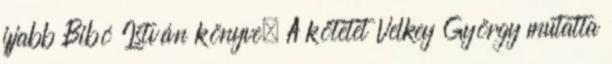
ifjabb Bibó István könyve. A kötetet Velkey György mutatta